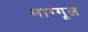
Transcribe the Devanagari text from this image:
माग्गूल